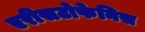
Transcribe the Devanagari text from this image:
एरीसटोफेनिस